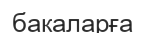
бакаларға